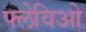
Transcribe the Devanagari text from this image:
फ्लेविओ